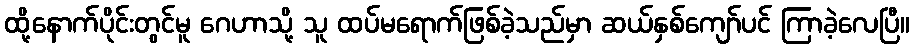
ထို့နောက်ပိုင်းတွင်မူ ဂေဟာသို့ သူ ထပ်မရောက်ဖြစ်ခဲ့သည်မှာ ဆယ်နှစ်ကျော်ပင် ကြာခဲ့လေပြီ။